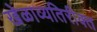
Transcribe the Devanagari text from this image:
खेळाव्यतिरीक्त